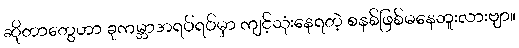
ဆိုတာတွေဟာ ခုကမ္ဘာအရပ်ရပ်မှာ ကျင့်သုံးနေရတဲ့ စနစ်ဖြစ်မနေဘူးလားဗျာ။